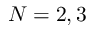
N = 2 , 3